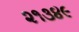
૨૧૩૪૯